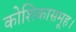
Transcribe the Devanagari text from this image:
कोशिकासमूह।